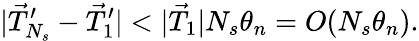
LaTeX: |\vec{T}_{N_{s}}^{\prime}-\vec{T}_{1}^{\prime}|<|\vec{T}_{1}|N_{s}\theta_{n}=O(N_{s}\theta_{n}).